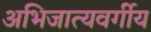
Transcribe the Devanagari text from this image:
अभिजात्यवर्गीय